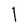
Character: l